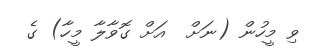
ވި މީހުން (ނަށް  އަށް ގޮވާލާ މީހާ) ގެ